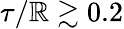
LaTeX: \tau/\mathbb{R}\gtrsim0.2